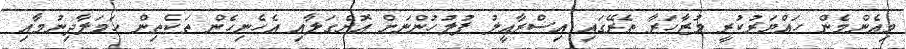
މިއެންމެން ހައްޔަރުކުރީ މުޒާހަރާ ތެރޭގައި އިސްރާއީލު ފުލުހުންނަށް އޮށްގަލާއި އެހެނިހެން ތަކެތިން ހަމަލާދިނުމާއި